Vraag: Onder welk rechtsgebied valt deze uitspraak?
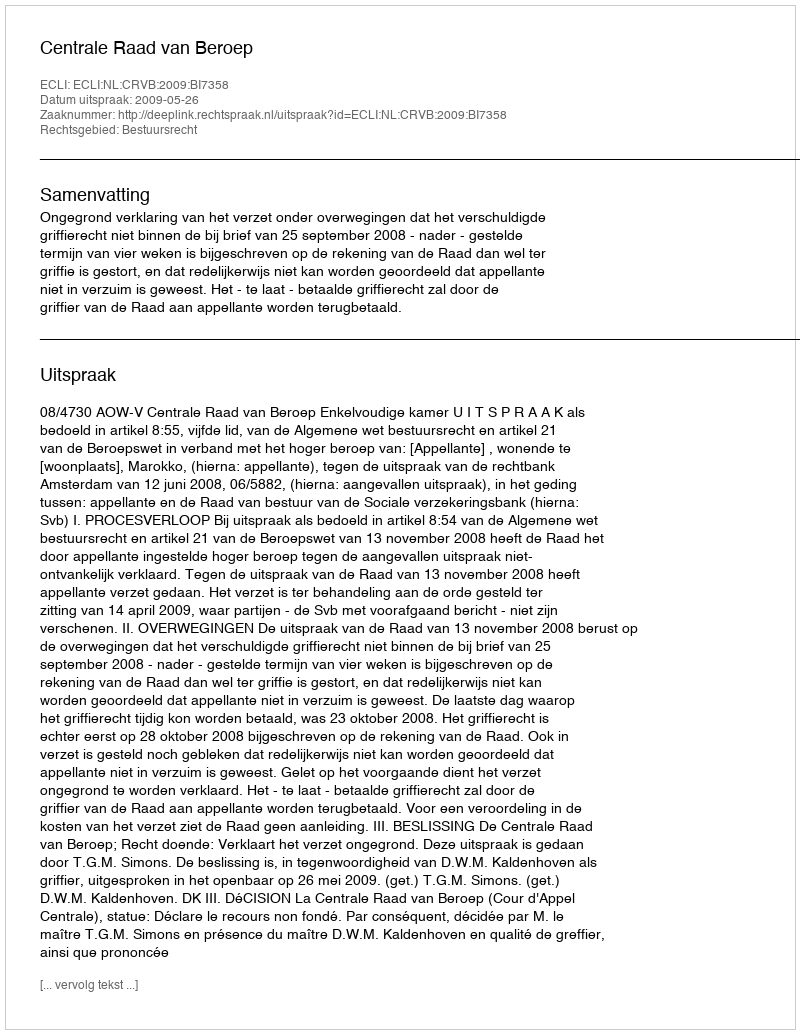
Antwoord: Bestuursrecht